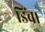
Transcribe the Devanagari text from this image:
डिंब।